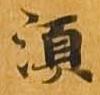
須